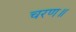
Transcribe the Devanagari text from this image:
चरण॥